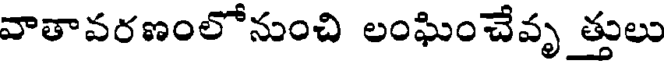
వాతావరణంలోనుంచి లంఘించేవృ త్తులు